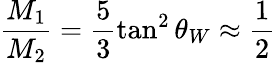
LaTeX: \frac{M_{1}}{M_{2}}=\frac{5}{3}\tan^{2}\theta_{W}\approx\frac{1}{2}